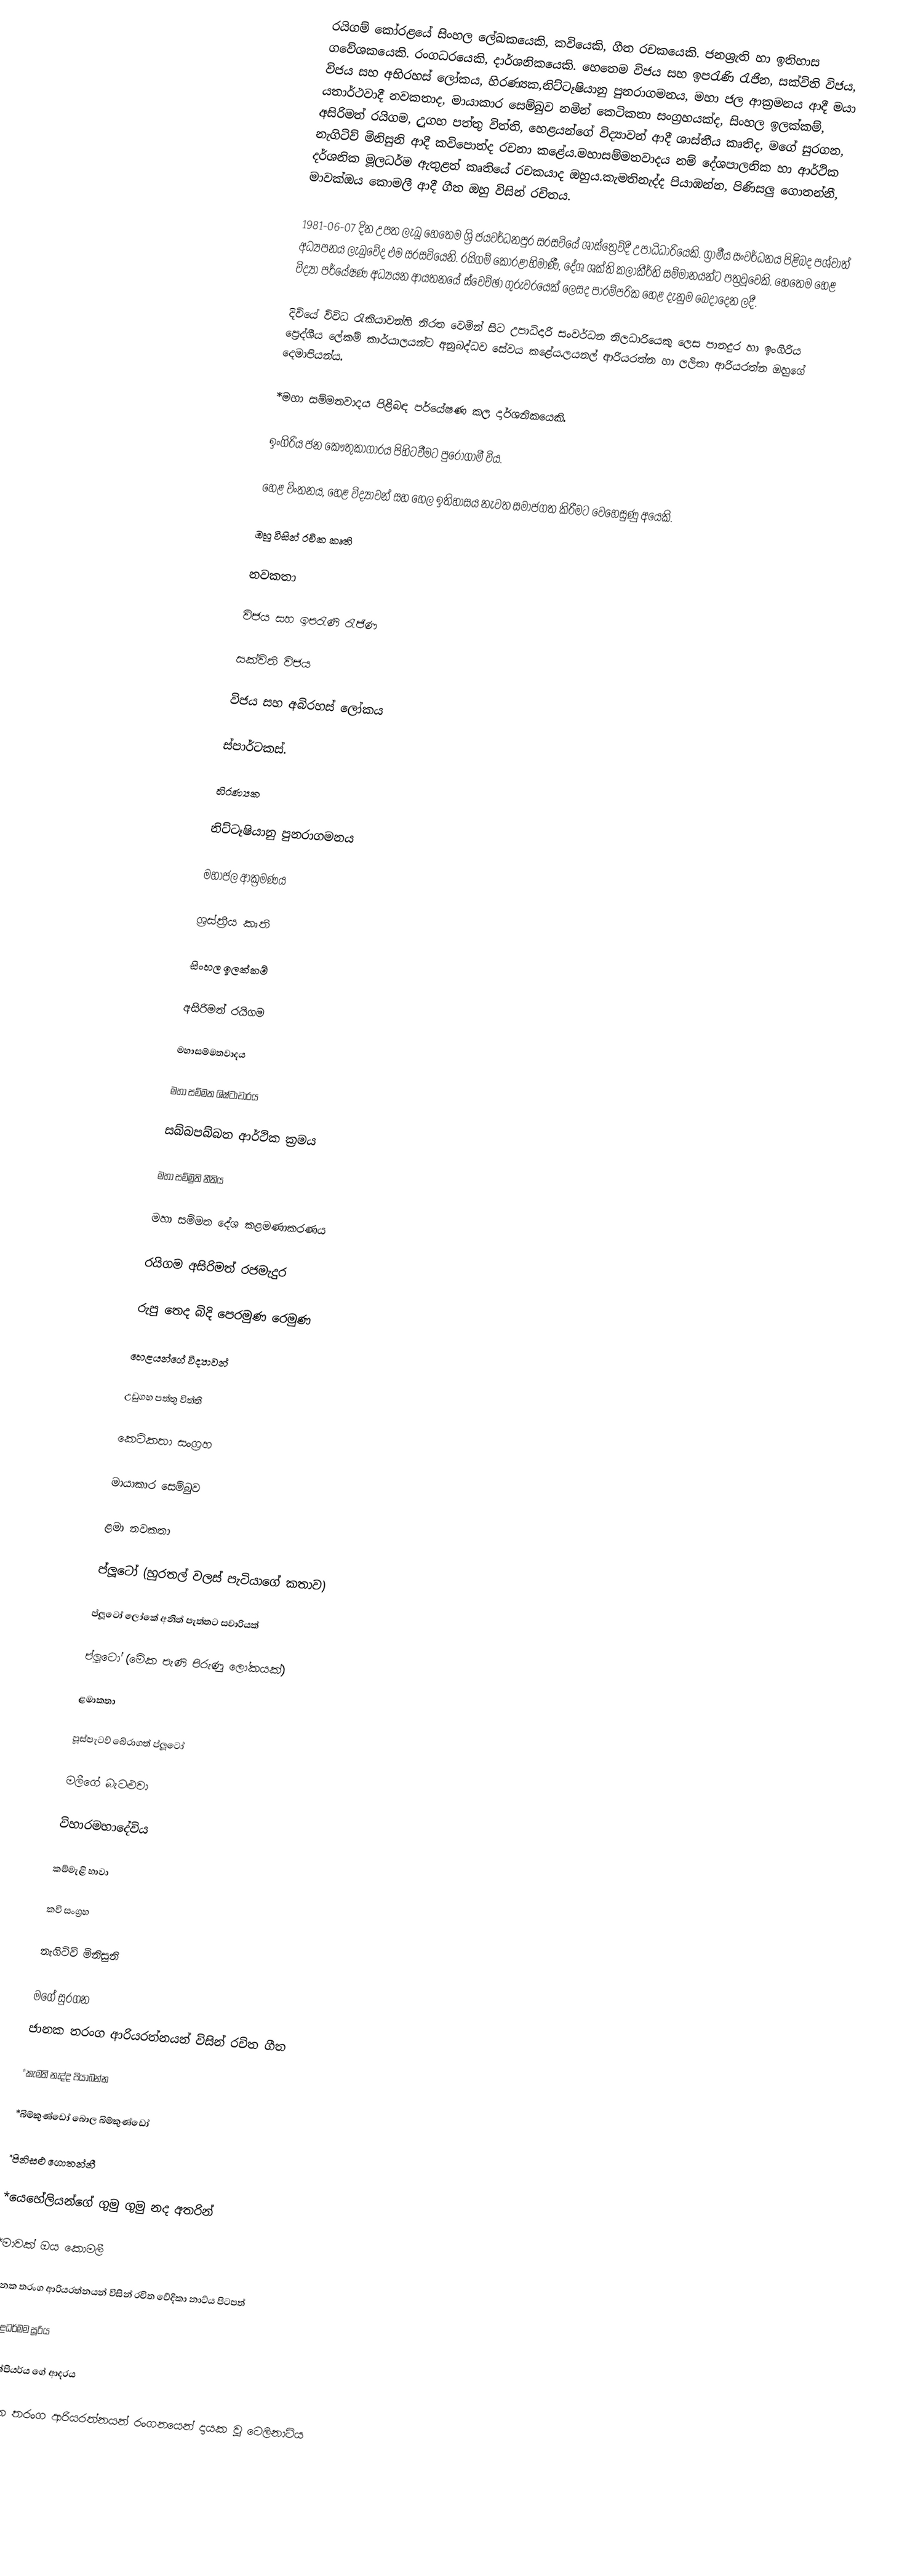
රයිගම් කෝරළයේ සිංහල ලේඛකයෙකි, කවියෙකි, ගීත රචකයෙකි. ජනශ්‍රැති හා ඉතිහාස ගවේශකයෙකි. රංගධරයෙකි, දාර්ශනිකයෙකි. හෙතෙම විජය සහ ඉපරැණි රැජින, සක්විති විජය, විජය සහ අභිරහස් ලෝකය, හිරණ්‍යක,නිට්ටෑෂියානු පුනරාගමනය, මහා ජල ආක්‍රමනය ආදී මයා යතාර්ථවාදී නවකතාද, මායාකාර සෙම්බුව නමින් කෙටිකතා සංග්‍රහයක්ද, සිංහල ඉලක්කම්, අසිරිමත් රයිගම, උුගහ පත්තු විත්ති, හෙළයන්ගේ විද්‍යාවන් ආදී ශාස්තීය කෘතිද, මගේ සුරගන, නැගිටිව් මිනිසුනි ආදී කවිපොත්ද රචනා කළේය.මහාසම්මතවාදය නම් දේශපාලනික හා ආර්ථික දර්ශනික මූලධර්ම ඇතුළත් කෘතියේ රචකයාද ඔහුය.කැමතිනැද්ද පියාඹන්න, පිණිසලු ගොතන්නී, මාවක්ඔය කොමලී ආදී ගීත ඔහු විසින් රචිතය.

1981-06-07 දින උපත ලැබූ හෙතෙම ශ්‍රි ජයවර්ධනපුර සරසවියේ ශාස්ත්‍රෙව්දී උපාධිධාරියෙකි. ග්‍රාමීය සංවර්ධනය පිළිබද පශ්චාත් අධ්‍යපනය ලැබුවේද එම සරසවියෙනි. රයිගම් කෝරළාභිමාණී, දේශ ශක්ති කලාකීර්ති සම්මානයන්ට පත්‍රවූවෙකි. හෙතෙම හෙළ විද්‍යා පර්යේෂණ අධ්‍යයන ආයතනයේ ස්වෙච්ඡා ගුරුවරයෙක් ලෙසද පාරම්පරික හෙළ දැනුම බෙදාදෙන ලදී.

දිවියේ විවිධ රැකියාවන්හි නිරත වෙමින් සිට උපාධිදාරි සංවර්ධන නිලධාරියෙකු ලෙස පානදුර හා ඉංගිරිය ප්‍රෙද්ශීය ලේකම් කාර්යාලයන්ට අනුබද්ධව සේවය කළේය.ලයනල් ආරියරත්න හා ලලිතා ආරියරත්න ඔහුගේ දෙමාපියන්ය.

*මහා සම්මතවාදය පිළිබඳ පර්යේෂණ කල දාර්ශනිකයෙකි.

ඉංගිරිය ජන කෞතුකාගාරය පිහිටවීමට පුරෝගාමී විය.

හෙළ චිංතනය, හෙළ විද්‍යාවන් සහ හෙල ඉතිහාසය නැවත සමාජගත කිරීමට වෙහෙසුණු අයෙකි.

ඔහු විසින් රචික කෘති

නවකතා

විජය සහ ඉපරැණි රැජිණ

සක්විති විජය

විජය සහ අබිරහස් ලෝකය

ස්පාර්ටකස්.

හිරණ්‍යක

නිට්ටෑෂියානු පුනරාගමනය

මහාජල ආක්‍රමණය

ශ්‍රස්ත්‍රීය කෘති

සිංහල ඉලක්කම්

අසිරිමත් රයිගම

මහාසම්මතවාදය

මහා සම්මත ශිෂ්ටාචාරය

සබ්බපබ්බත ආර්ථික ක්‍රමය

මහා සම්මුති නීතිය

මහා සම්මත දේශ කළමණාකරණය

රයිගම අසිරිමත් රජමැදුර

රුපු තෙද බිදි පෙරමුණ රෙමුණ

හෙළයන්ගේ විද්‍යාවන්

උඩුගහ පත්තු විත්ති

කෙටිකතා සංග්‍රහ

මායාකාර සෙම්බුව

ළමා නවකතා

ප්ලූටෝ (හුරතල් වලස් පැටියාගේ කතාව)

ප්ලූටෝ ලෝකේ අනිත් පැත්තට සවාරියක්

ප්ලූටෝ (මේක පැණි පිරුණු ලෝකයක්)

ළමාකතා

පූස්පැටව් බේරාගත් ප්ලූටෝ

මලීගේ බැටළුවා

විහාරමහාදේවිය

කම්මැළි හාවා

කවි සංග්‍රහ

නැගිටිව් මිනිසුනි

මගේ සුරගන
ජානක තරංග ආරියරත්නයන් විසින් රචිත ගීත

*කැමති නැද්ද පියාබන්න

*බිම්කුණ්ඩෝ බොල බිම්කුණ්ඩෝ

*පිනිසළු ගොතන්නී

*යෙහේලියන්ගේ ගුමු ගුමු නද අතරින්

*මාවක් ඔය කොමලී

ජානක තරංග ආරියරත්නයන් විසින් රචිත වේදිකා නාට්ය පිටපත්

*විමළධර්මම සූරිය

*ශේක්පියර්ය ගේ ආදරය

ජානක තරංග ආරියරත්නයන් රංගනයෙන් දායක වූ  ටෙලිනාට්ය

*119